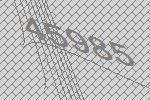
45985